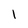
Character: l